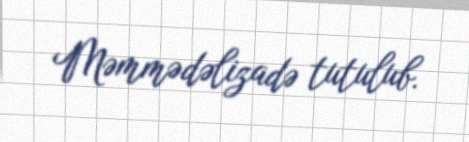
Məmmədəlizadə tutulub.